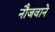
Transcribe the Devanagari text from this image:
नौजवाने